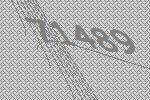
71489